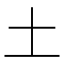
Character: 土